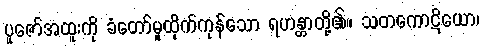
ပူဇော်အထူးကို ခံတော်မူထိုက်ကုန်သော ရဟန္တာတို့၏။ သတကောဋိယော၊